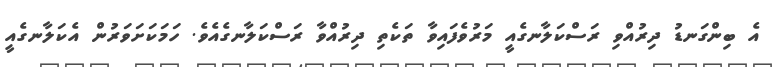
އެ ބިންގަނޑު ދިރުއްވި ރަސްކަލާނގެއީ މަރުވެފައިވާ ތަކެތި ދިރުއްވާ ރަސްކަލާނގެއެވެ. ހަމަކަށަވަރުން އެކަލާނގެއީ